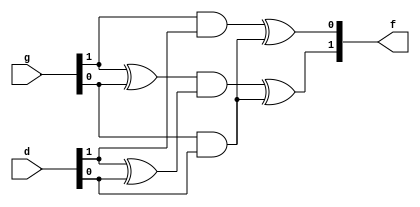
module multi2 (g,d,f);
input [1:0]g;
input [1:0]d;
output [1:0] f;

wire temp2_1,temp2_2,temp2_3,temp2_4,temp2_5;

assign temp2_1=g[1]^g[0];
assign temp2_2=d[1]^d[0];
assign temp2_3=g[1]&d[1];
assign temp2_4=temp2_1&temp2_2;
assign temp2_5=g[0]&d[0];
assign temp2_5=g[0]&d[0];
assign f[1]=temp2_4^temp2_5;
assign f[0]=temp2_3^temp2_5;

endmodule